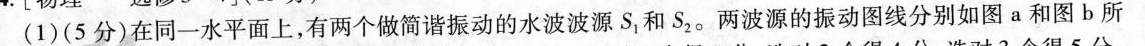
(1)(5分)在同一水平面上，有两个做简谐振动的水波波源S_{1}和S_{2}。两波源的振动图线分别如图a和图b所